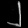
Digit: ၂